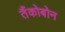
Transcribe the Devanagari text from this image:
तैंकोबोन